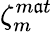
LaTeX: \zeta_{m}^{m\mathfrak{a}t}